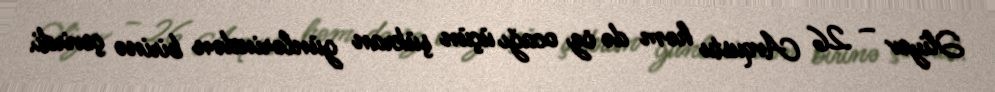
Əliyev – 26 Avqustu həm də öz ocağı üçün şükran günlərindən birinə çevirdi.